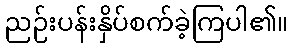
ညဉ်းပန်းနှိပ်စက်ခဲ့ကြပါ၏။